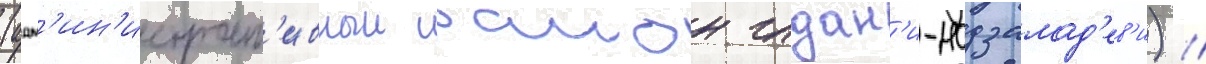
(адм'ин'истрат'ивныи раион глдан'и-надзалад'ев'и) //